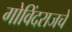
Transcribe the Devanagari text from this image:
गोविंदराजचे